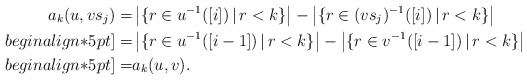
\begin{align*}a_{k}(u,vs_j)=&\left|\{r\in u^{-1}([i])\,|\, r<k\}\right|-\left|\{r\in (vs_j)^{-1}([i])\,|\, r<k\}\right|\\begin{align*}5pt]=&\left|\{r\in u^{-1}([i-1])\,|\, r<k\}\right|-\left|\{r\in v^{-1}([i-1])\,|\, r<k\}\right|\\begin{align*}5pt]=&a_{k}(u,v).\end{align*}